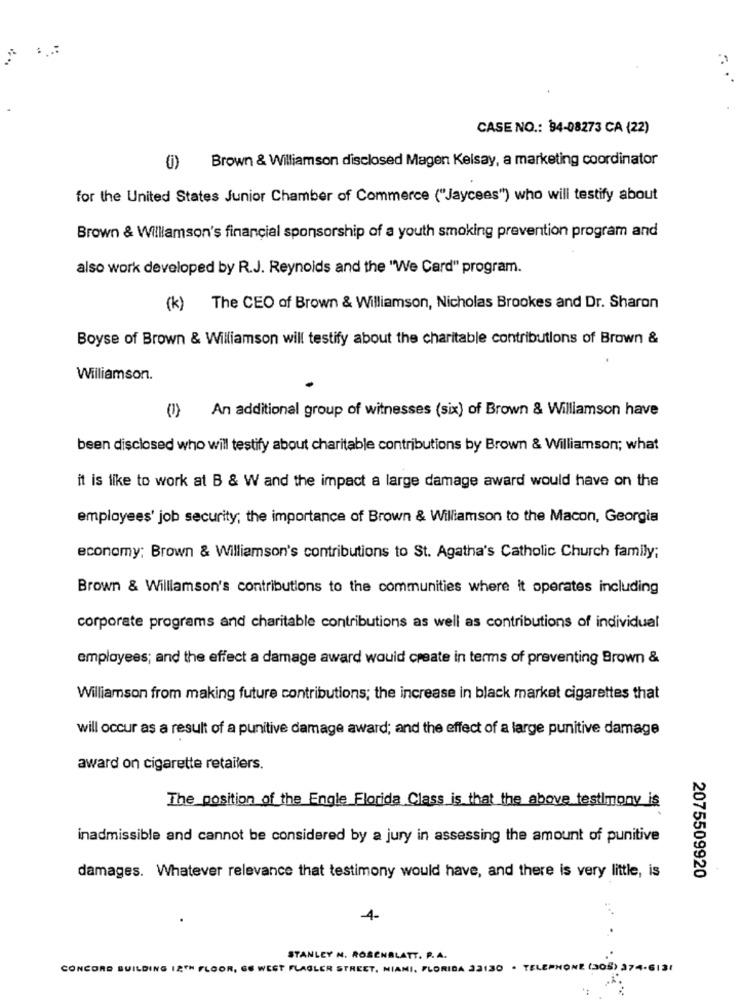
CASE NO .: 94-08273 CA (22)
(i) Brown & Williamson disclosed Magen Kelsay, a marketing coordinator
for the United States Junior Chamber of Commerce ("Jaycees") who will testify about
Brown & Williamson's financial sponsorship of a youth smoking prevention program and
also work developed by R.J. Reynolds and the "We Card" program.
(k)
The CEO of Brown & Williamson, Nicholas Brookes and Dr. Sharon
Boyse of Brown & Williamson will testify about the charitable contributions of Brown &
Williamson.
(1) An additional group of witnesses (six) of Brown & Williamson have
been disclosed who will testify about charitable contributions by Brown & Williamson; what
it is like to work at B & W and the impact a large damage award would have on the
employees' job security; the importance of Brown & Williamson to the Macon, Georgia
economy; Brown & Williamson's contributions to St. Agatha's Catholic Church family;
Brown & Williamson's contributions to the communities where it operates including
corporate programs and charitable contributions as well as contributions of individual
employees; and the effect a damage award would create in terms of preventing Brown &
Williamson from making future contributions; the increase in black market cigarettes that
will occur as a result of a punitive damage award; and the effect of a large punitive damage
award on cigarette retailers.
The position of the Engle Florida Class is that the above testimony is
inadmissible and cannot be considered by a jury in assessing the amount of punitive
damages. Whatever relevance that testimony would have, and there is very little, is
2075509920
4-
STANLEY N. ROSENBLATT. P. A.
CONCORD BUILDING 12TH FLOOR, GE WEST FLAGLER STREET, MIAMI, FLORIDA 32130 . TELEPHONE (305) 374-6131